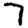
Digit: 7